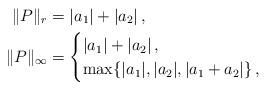
LaTeX: \begin{align*}\|P\|_r &= |a_1| + |a_2| \,,\\\|P\|_\infty & = \begin{cases}|a_1| + |a_2|\,, \quad\\\max\{|a_1|, |a_2|, |a_1+a_2| \} \,, \quad\end{cases}\end{align*}